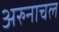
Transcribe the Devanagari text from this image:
अरुनाचल